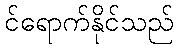
င်ရောက်နိုင်သည်